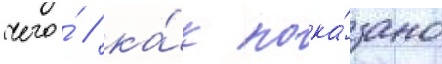
чего́ / ка́к пока́зано